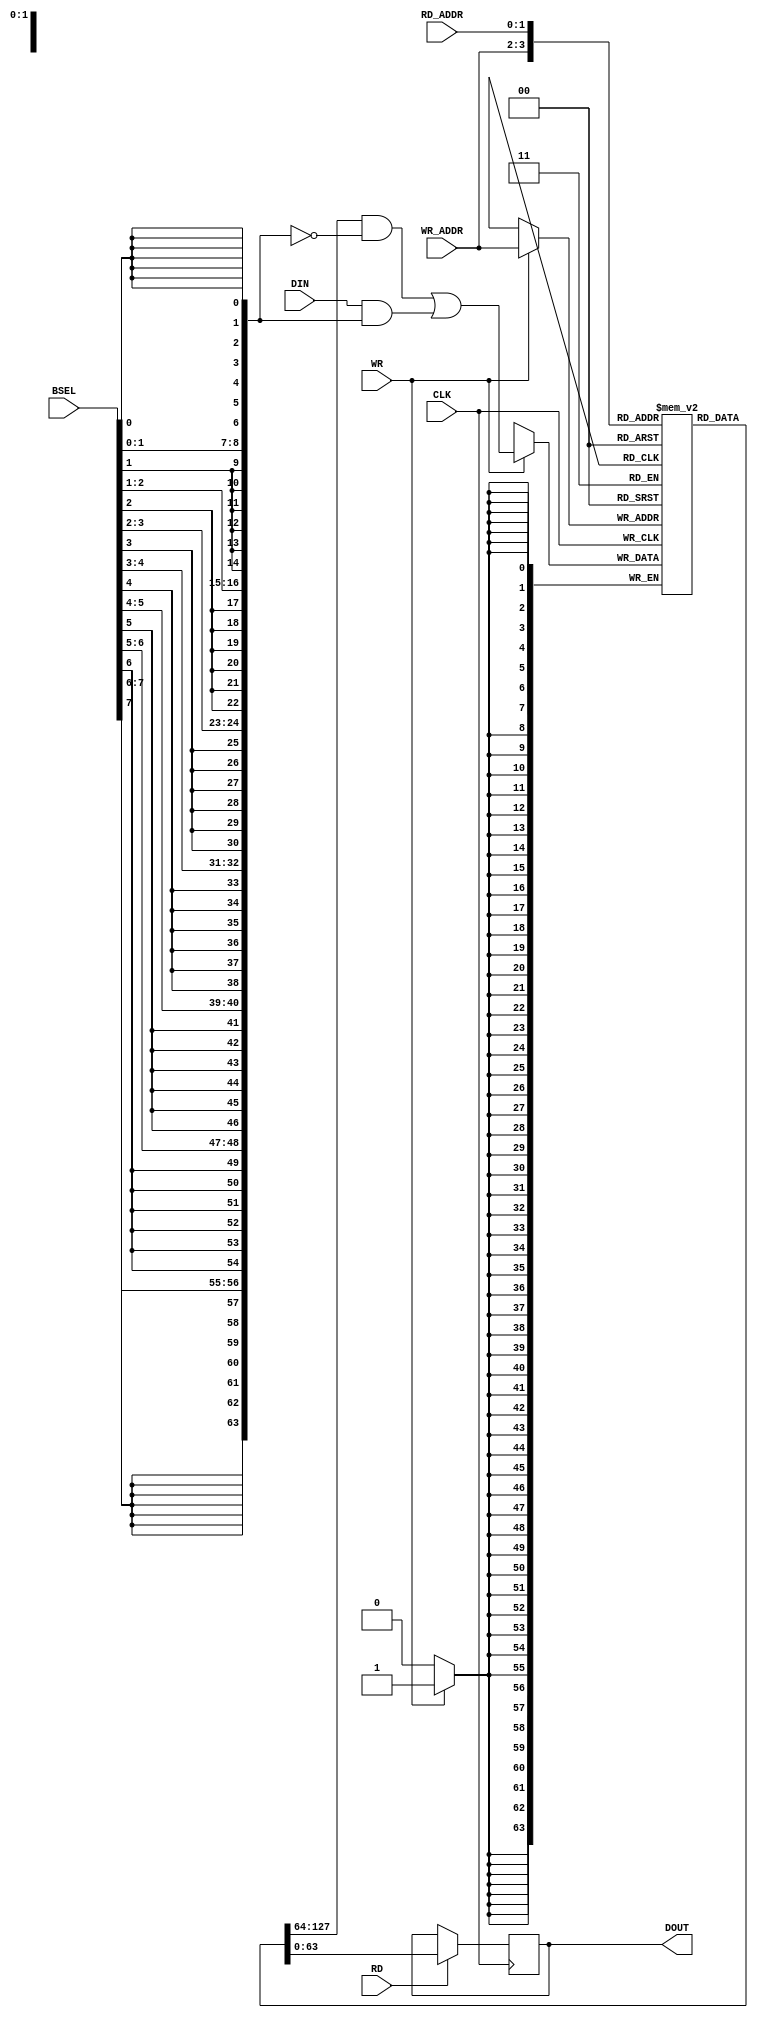
// This program was cloned from: https://github.com/HKUSTGZ-MICS-LYU/FlattenRTL
// License: MIT License

/////////////////////////////////////////////////////////////////////
////                                                             ////
////          eyal@provartec.com                                 ////
////                                                             ////
////  Downloaded from: http://www.opencores.org                  ////
/////////////////////////////////////////////////////////////////////
////                                                             ////
//// Copyright (C) 2010 Provartec LTD                            ////
//// www.provartec.com                                           ////
//// info@provartec.com                                          ////
////                                                             ////
//// This source file may be used and distributed without        ////
//// restriction provided that this copyright statement is not   ////
//// removed from the file and that any derivative work contains ////
//// the original copyright notice and the associated disclaimer.////
////                                                             ////
//// This source file is free software; you can redistribute it  ////
//// and/or modify it under the terms of the GNU Lesser General  ////
//// Public License as published by the Free Software Foundation.////
////                                                             ////
//// This source is distributed in the hope that it will be      ////
//// useful, but WITHOUT ANY WARRANTY; without even the implied  ////
//// warranty of MERCHANTABILITY or FITNESS FOR A PARTICULAR     ////
//// PURPOSE.  See the GNU Lesser General Public License for more////
//// details. http://www.gnu.org/licenses/lgpl.html              ////
////                                                             ////
/////////////////////////////////////////////////////////////////////
//---------------------------------------------------------
//-- File generated by RobustVerilog parser
//-- Version: 1.0
//-- Invoked Fri Mar 25 23:36:57 2011
//--
//-- Source file: dma_ch_fifo.v
//---------------------------------------------------------


  
module dma_axi64_core0_ch_fifo (CLK,WR,RD,WR_ADDR,RD_ADDR,DIN,BSEL,DOUT);

   
   input                      CLK;
   
   input               WR;
   input               RD;
   input [5-3-1:0] WR_ADDR;
   input [5-3-1:0] RD_ADDR;
   input [64-1:0]      DIN;
   input [8-1:0]      BSEL;
   output [64-1:0]     DOUT;
   
   
   reg [64-1:0]           Mem [4-1:0];
   wire [64-1:0]       BitSEL;
   wire [64-1:0]       DIN_BitSEL;
   reg [64-1:0]           DOUT;
   
     assign               BitSEL = {{8{BSEL[7]}} , {8{BSEL[6]}} , {8{BSEL[5]}} , {8{BSEL[4]}} , {8{BSEL[3]}} , {8{BSEL[2]}} , {8{BSEL[1]}} , {8{BSEL[0]}}};

   
   assign               DIN_BitSEL = (Mem[WR_ADDR] & ~BitSEL) | (DIN & BitSEL);
   
   always @(posedge CLK)
     if (WR)
       Mem[WR_ADDR] <= #1 DIN_BitSEL;

   
   always @(posedge CLK)
     if (RD)
       DOUT <= #1 Mem[RD_ADDR];

   
endmodule